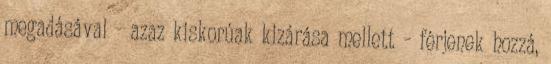
megadásával - azaz kiskorúak kizárása mellett – férjenek hozzá,